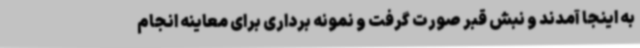
به اینجا آمدند و نبش قبر صورت گرفت و نمونه برداری برای معاینه انجام